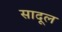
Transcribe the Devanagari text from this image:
सादूल